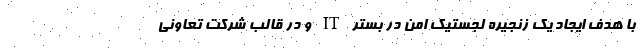
با هدف ایجاد یک زنجیره لجستیک امن در بستر IT و در قالب شرکت تعاونی